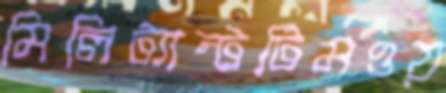
মিলিট্যান্টটিমওয়